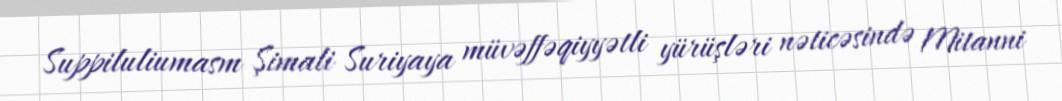
Suppiluliumasm Şimali Suriyaya müvəffəqiyyətli yürüşləri nəticəsində Mitanni